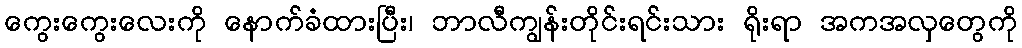
ကွေးကွေးလေးကို နောက်ခံထားပြီး၊ ဘာလီကျွန်းတိုင်းရင်းသား ရိုးရာ အကအလှတွေကို